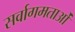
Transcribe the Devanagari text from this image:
सर्वागमताओं